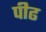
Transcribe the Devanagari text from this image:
पीढ